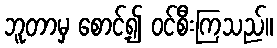
ဘူတာမှ စောင့်၍ ဝင်စီးကြသည်။